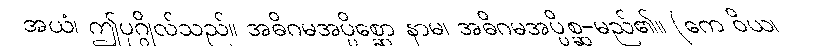
အယံ၊ ဤပုဂ္ဂိုလ်သည်။ အဓိဂမအပ္ပိစ္ဆော နာမ၊ အဓိဂမအပ္ပိစ္ဆ-မည်၏။ (ကေ ဝိယ၊